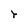
Character: r